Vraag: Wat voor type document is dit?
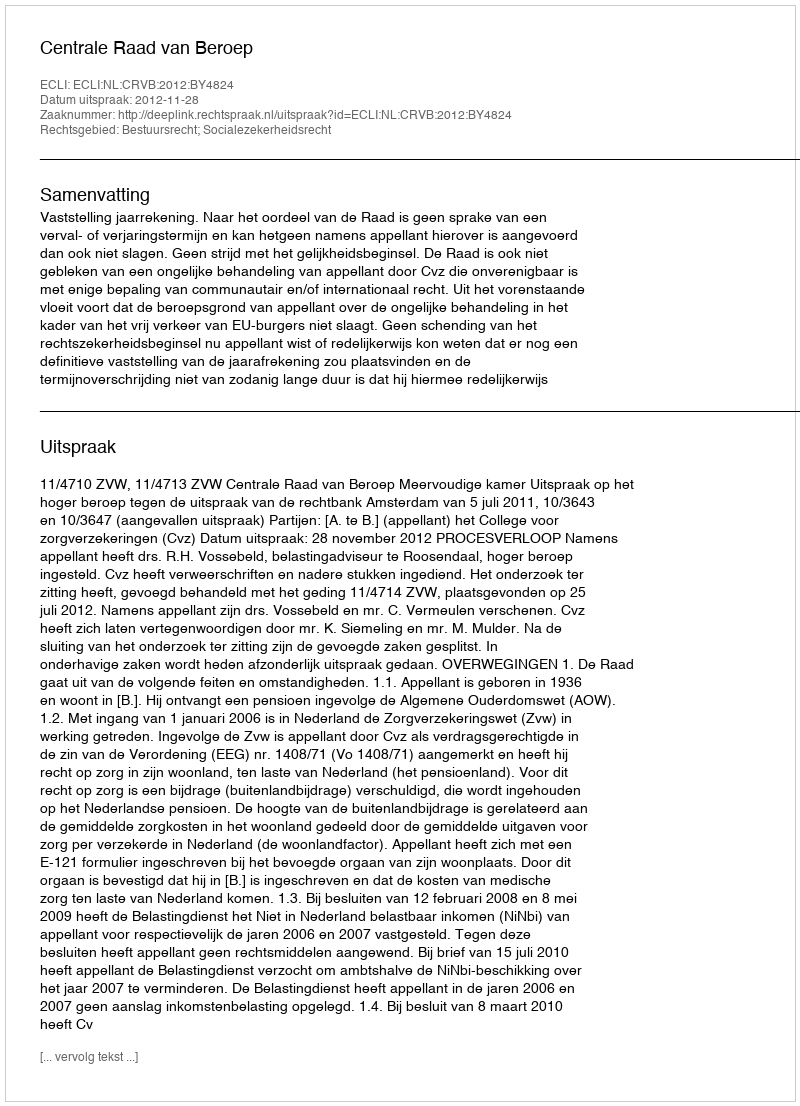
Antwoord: Uitspraak